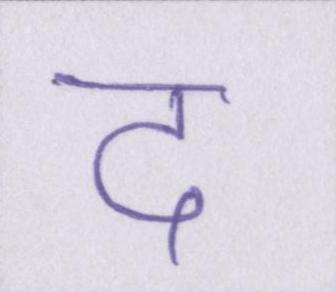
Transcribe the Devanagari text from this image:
द